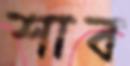
শাব